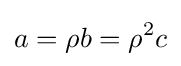
a=\rho b=\rho ^{2}c